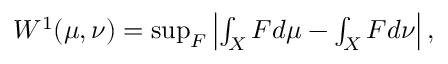
\begin{array} { r } { W ^ { 1 } ( \mu , \nu ) = \operatorname* { s u p } _ { F } \left| \int _ { X } F d \mu - \int _ { X } F d \nu \right| , } \end{array}